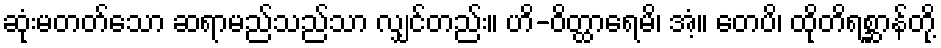
ဆုံးမတတ်သော ဆရာမည်သည်သာ လျှင်တည်း။ ဟိ-ဝိတ္ထာရေမိ၊ အံ့။ တေပိ၊ ထိုတိရစ္ဆာန်တို့